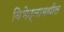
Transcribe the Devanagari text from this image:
विभेद्नामधील